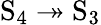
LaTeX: \mathrm{S}_{4}\twoheadrightarrow\mathrm{S}_{3}